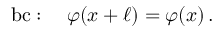
\mathrm { b c } : \quad \varphi ( x + \ell ) = \varphi ( x ) \, .